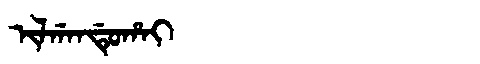
Manchu: ᡳᠯᡤᠠᠨᡩᡠᡥᠠᡳ
Romanization: ILGANDUHAI